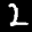
Label: 2